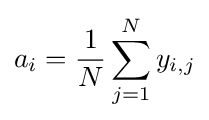
a_{i}={\frac {1}{N}}\sum _{j=1}^{N}y_{i,j}